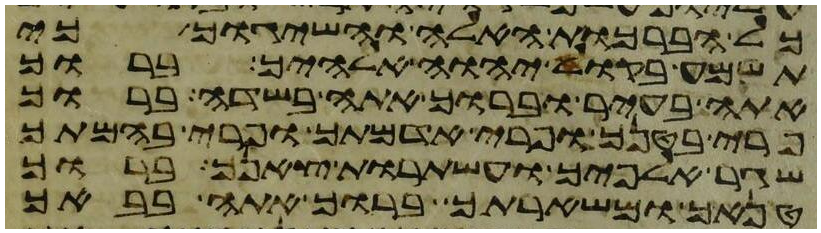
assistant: כל הברכות האלה והשיגוך כי
תשמע בקול יהוה אלהיך ברוך
אתה בעיר וברוך אתה בשדה ברוך
פרי בטנך ופרי אדמתך ופרי בהמתך
שגר אלפיך ועשתרות צאנך ברוך
טנאך ומשארתך ברוך אתה בבאך